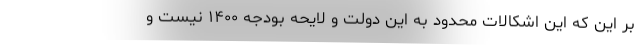
بر این که این اشکالات محدود به این دولت و لایحه بودجه ۱۴۰۰ نیست و